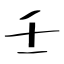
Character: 壬